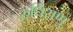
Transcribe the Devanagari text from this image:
रुधिराणु